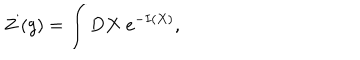
Z \left( g \right) = \int D X \; e ^ { - I ( X ) } ,